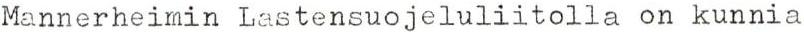
Mannerheimin Lastensuojeluliitolla on kunnia